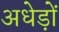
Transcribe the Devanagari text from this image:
अधेड़ों